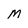
Character: M